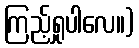
ကြည့်ရှုပါလေ။)